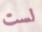
لست